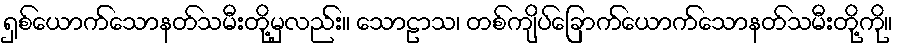
ရှစ်ယောက်သောနတ်သမီးတို့မှလည်း။ သောဠာသ၊ တစ်ကျိပ်ခြောက်ယောက်သောနတ်သမီးတို့ကို။